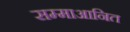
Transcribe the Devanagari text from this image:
सम्माआनित